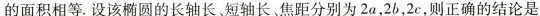
的面积相等.设该椭圆的长轴长、短轴长、焦距分别为2a，2b，2c，则正确的结论是